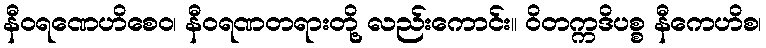
နီဝရဏေဟိစေဝ၊ နီဝရဏတရားတို့ လည်းကောင်း။ ဝိတက္ကဒိပစ္စ နီကေဟိစ၊